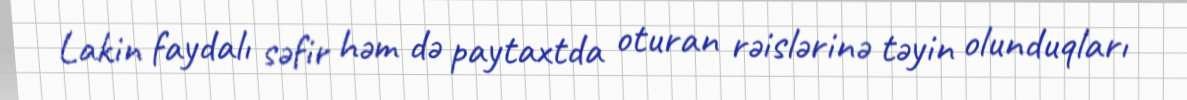
Lakin faydalı səfir həm də paytaxtda oturan rəislərinə təyin olunduqları